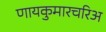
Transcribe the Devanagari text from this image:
णायकुमारचरिअ